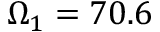
\Omega _ { 1 } = 7 0 . 6